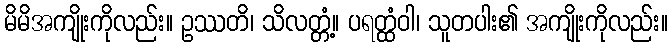
မိမိအကျိုးကိုလည်း။ ဥဿတိ၊ သိလတ္တံ့။ ပရတ္ထံဝါ၊ သူတပါး၏ အကျိုးကိုလည်း။